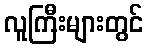
လူကြီးများတွင်